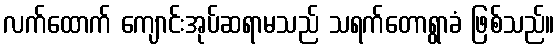
လက်ထောက် ကျောင်းအုပ်ဆရာမသည် သရက်တောရွာခံ ဖြစ်သည်။